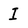
Character: I